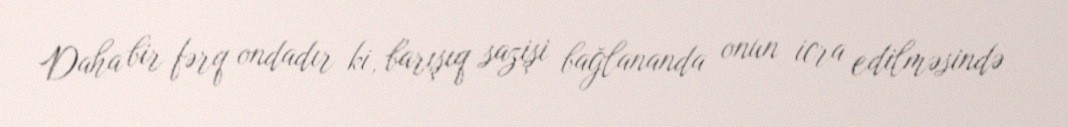
Daha bir fərq ondadır ki, barışıq sazişi bağlananda onun icra edilməsində